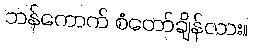
ဘန်ကောက် စံတော်ချိန်လား။